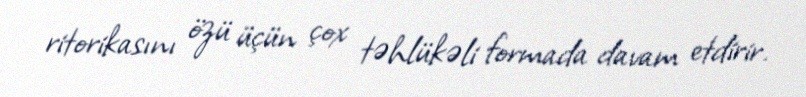
ritorikasını özü üçün çox təhlükəli formada davam etdirir.